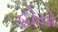
હોયો